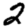
Digit: 2